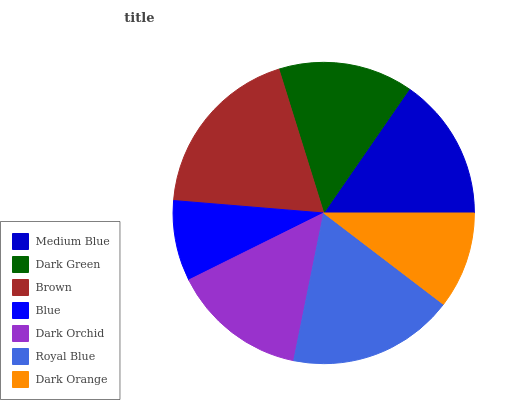
| Medium Blue | Dark Green | Brown | Blue | Dark Orchid | Royal Blue | Dark Orange |
 | --- | --- | --- | --- | --- | --- | --- |
 | 15.4% | 14.4% | 18.9% | 8.64% | 14.5% | 17.8% | 10.4% |